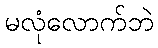
မလုံလောက်ဘဲ